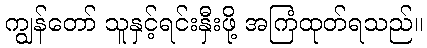
ကျွန်တော် သူနှင့်ရင်းနှီးဖို့ အကြံထုတ်ရသည်။